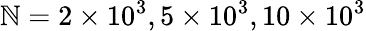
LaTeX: \mathbb{N}=2\times10^{3},5\times10^{3},10\times10^{3}